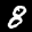
Label: 8